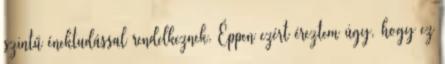
szintű énektudással rendelkeznek. Éppen ezért éreztem úgy, hogy ez